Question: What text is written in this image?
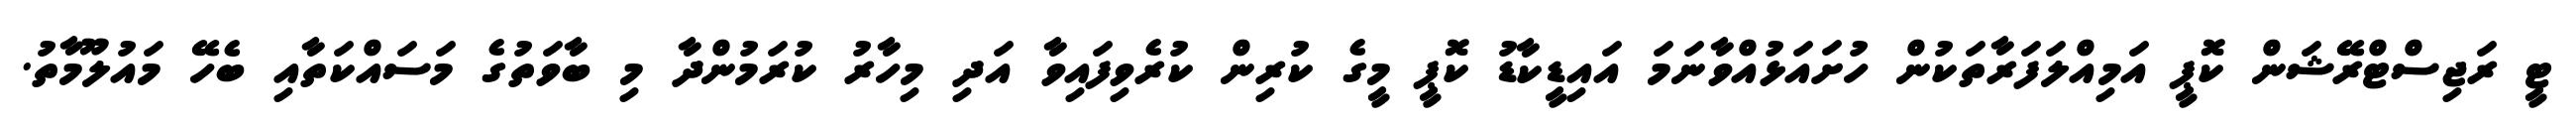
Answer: ޓީ ރަޖިސްޓްރޭޝަން ކޮޕީ އަމިއްލަފަރާތަކުން ހުށައަޅުއްވާނަމަ އައިޑީކާޑު ކޮޕީ މީގެ ކުރިން ކުރެވިފައިވާ އަދި މިހާރު ކުރަމުންދާ މި ބާވަތުގެ މަސައްކަތާއި ބެހޭ މައުލޫމާތު.